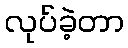
လုပ်ခဲ့တာ